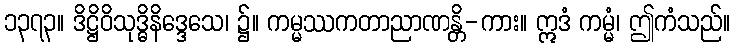
၁၃၇၃။ ဒိဋ္ဌိဝိသုဒ္ဓိနိဒ္ဒေသေ၊ ၌။ ကမ္မဿကတာညာဏန္တိ-ကား။ ဣဒံ ကမ္မံ၊ ဤကံသည်။